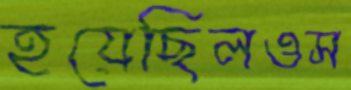
হয়েছিলওস